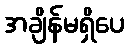
အချိန်မရှိပေ